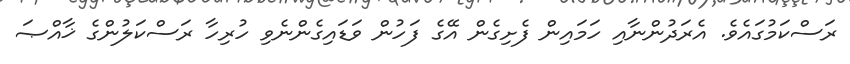
ރަސްކަމުގައެވެ. އެރަދުންނާއި ހަމައިން ފެށިގެން އޭގެ ފަހުން ވަޑައިގެންނެވި ހުރިހާ ރަސްކަލުންގެ ޚާއްޞަ